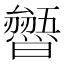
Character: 𭨐